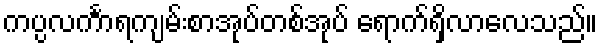
ကပ္ပလင်္ကာရကျမ်းစာအုပ်တစ်အုပ် ရောက်ရှိလာလေသည်။